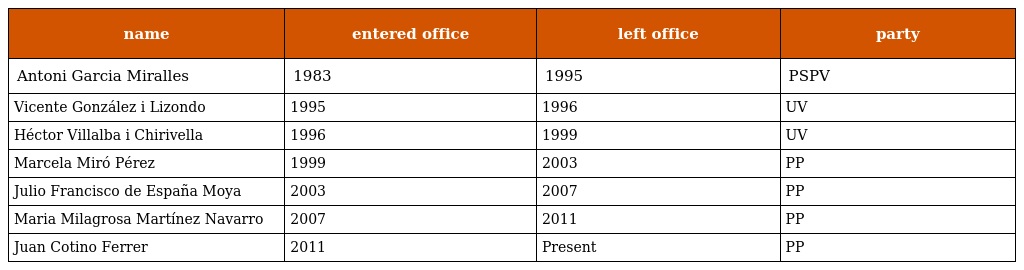
| name | entered office | left office | party |
 | --- | --- | --- | --- |
 | Antoni Garcia Miralles | 1983 | 1995 | PSPV |
 | Vicente González i Lizondo | 1995 | 1996 | UV |
 | Héctor Villalba i Chirivella | 1996 | 1999 | UV |
 | Marcela Miró Pérez | 1999 | 2003 | PP |
 | Julio Francisco de España Moya | 2003 | 2007 | PP |
 | Maria Milagrosa Martínez Navarro | 2007 | 2011 | PP |
 | Juan Cotino Ferrer | 2011 | Present | PP |